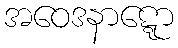
အဝေဒနာဋ္ဋော